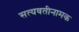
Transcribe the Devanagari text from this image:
सत्यवतीनामक